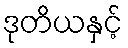
ဒုတိယနှင့်